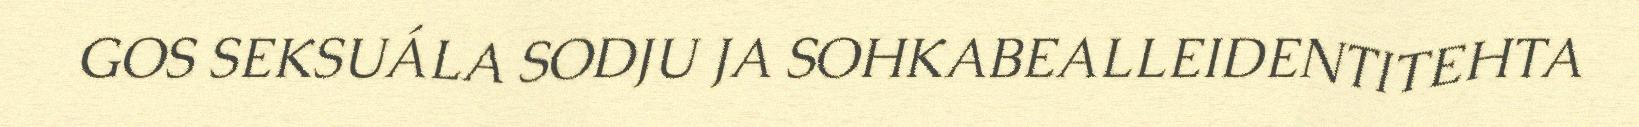
GOS SEKSUÁLA SODJU JA SOHKABEALLEIDENTITEHTA